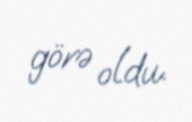
görə oldu.